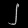
Digit: ၂